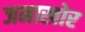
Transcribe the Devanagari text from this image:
जमाखोर